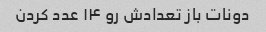
دونات باز تعدادش رو ۱۴ عدد کردن